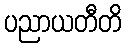
ပညာယတီတိ